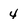
Character: 4